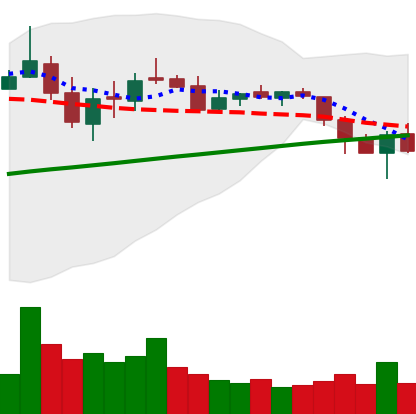
Ticker: LTC-USD
Chart end date: 2018-03-10
Forward return: -7.458%
Label: down_7plus